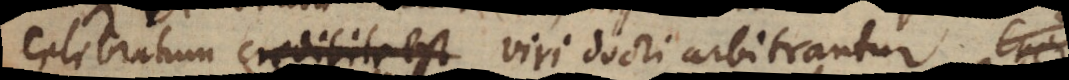
celebratum credibile est viri docti arbitrantur.